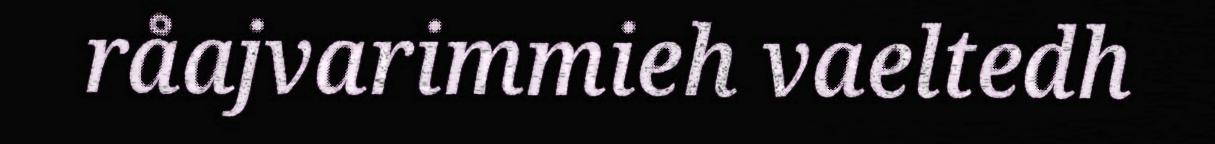
råajvarimmieh vaeltedh